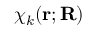
\chi _ { k } ( \mathbf { r } ; \mathbf { R } )